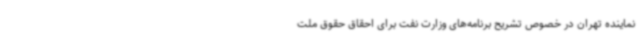
نماینده تهران در خصوص تشریح برنامه‌های وزارت نفت برای احقاق حقوق ملت